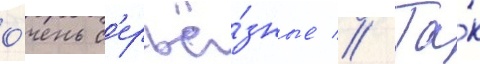
о́чень с'ерьё́зные // Та́к